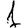
Digit: 1